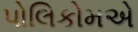
પોલિકોમએ